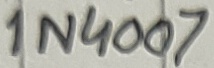
Text: 1N4007